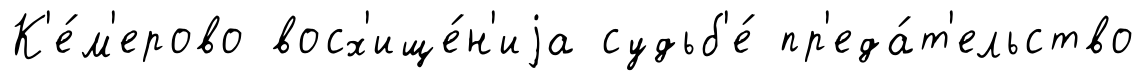
К'е́м'ерово восх'ище́н'иjа судьб'е́ пр'еда́т'ельство